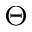
_ { \Theta }